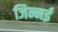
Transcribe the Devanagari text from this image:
जिन्नई